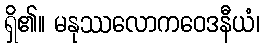
ရှိ၏။ မနုဿလောကဝေဒနီယံ၊